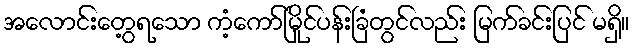
အလောင်းတွေ့ရသော ကံ့ကော်မြိုင်ပန်းခြံတွင်လည်း မြက်ခင်းပြင် မရှိ။